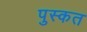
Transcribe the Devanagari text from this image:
पुस्कत